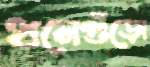
ধনেগুঁড়ো